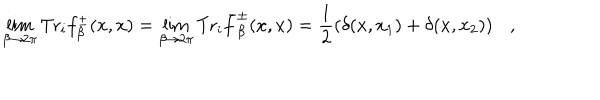
\lim _ { \beta \rightarrow 2 \pi } \mathrm { T r } _ { i } f _ { \beta } ^ { \pm } ( x , x ) = \lim _ { \beta \rightarrow 2 \pi } \mathrm { T r } _ { i } \bar { f } _ { \beta } ^ { \pm } ( x , x ) = \frac 1 2 \left( \delta ( x , x _ { 1 } ) + \delta ( x , x _ { 2 } ) \right) ,